Plague in India, 1896, 1897 - Volume 4
Year: 1896
Disease focus: Plague
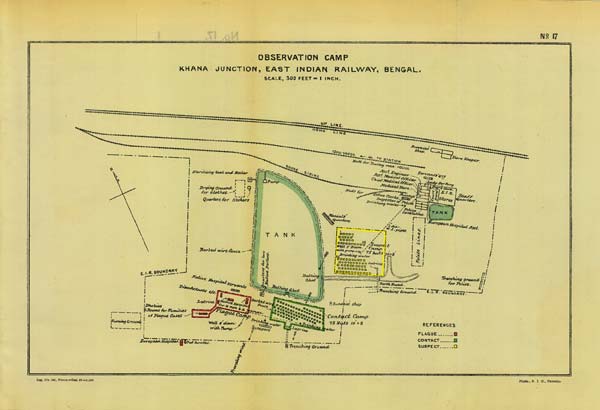
No: 17
OBSERVATION CAMP
KHANA JUNCTION, EAST INDIAN RAILWAY, BENGAL.
SCALE, 300 FEET = 1 INCH.
Reg. No. 594, Home— Dec.
97.—1,000
Photo., S. I. O., Calcutta.